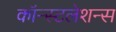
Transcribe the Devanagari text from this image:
कॉन्स्टलेशन्स